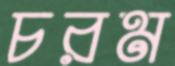
চরম